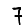
Digit: 7